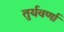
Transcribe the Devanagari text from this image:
तुर्यवर्णा